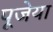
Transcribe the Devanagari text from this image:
पूजेया